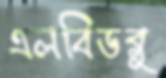
এলবিডব্লু